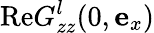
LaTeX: \mathrm{Re}G_{zz}^{l}(0,{\mathbf e}_{x})